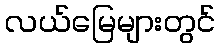
လယ်မြေများတွင်